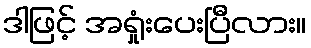
ဒါဖြင့် အရှုံးပေးပြီလား။